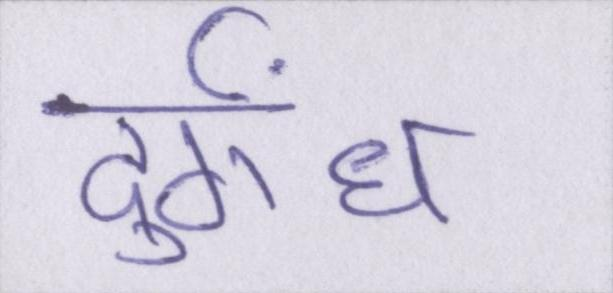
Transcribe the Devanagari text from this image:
दुर्गंध